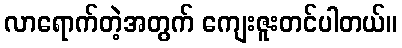
လာရောက်တဲ့အတွက် ကျေးဇူးတင်ပါတယ်။